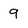
Character: 9